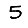
Digit: 5